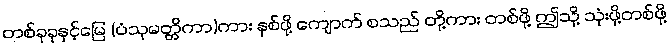
တစ်ခုခုနှင့်မြေ (ပံသုမတ္တိကာ)ကား နှစ်ဖို့ ကျောက် စသည် တို့ကား တစ်ဖို့ ဤသို့ သုံးဖို့တစ်ဖို့